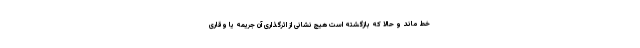
خط ماند و حالا که بازگشته است هیچ نشانی از اثرگذاری آن جریمه یا وقاری